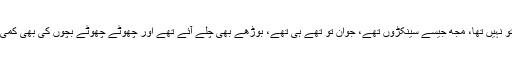
میں اکیلا تو نہیں تھا، مجھ جیسے سینکڑوں تھے، جوان تو تھے ہی تھے، بوڑھے بھی چلے آئے تھے اور چھوٹے چھوٹے بچوں کی بھی کمی نہیں تھی۔